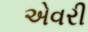
એવરી